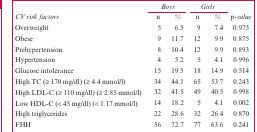
|  | <COLSPAN=2> Boys | <COLSPAN=2> Girls |  |
 | CV risk factors | n | % | n | % | p-value |
 | --- | --- | --- | --- | --- | --- |
 | Overweight | 5 | 6.5 | 9 | 7.4 | 0.975 |
 | Obese | 9 | 11.7 | 12 | 9.9 | 0.875 |
 | Prehypertension | 8 | 10.4 | 12 | 9.9 | 0.893 |
 | Hypertension | 4 | 5.2 | 5 | 4.1 | 0.996 |
 | Glucose intolerance | 15 | 19.5 | 18 | 14.9 | 0.514 |
 | High TC (≥ 170 mg/dl) (≥ 4.4 mmol/l) | 34 | 44.1 | 65 | 53.7 | 0.243 |
 | High LDL-C (≥ 110 mg/dl) (≥ 2.85 mmol/l) | 32 | 41.5 | 49 | 40.5 | 0.998 |
 | Low HDL-C (< 45 mg/dl) (< 1.17 mmol/l) | 14 | 18.2 | 5 | 4.1 | 0.002 |
 | High triglycerides | 22 | 28.6 | 32 | 26.4 | 0.870 |
 | FHH | 56 | 72.7 | 77 | 63.6 | 0.241 |